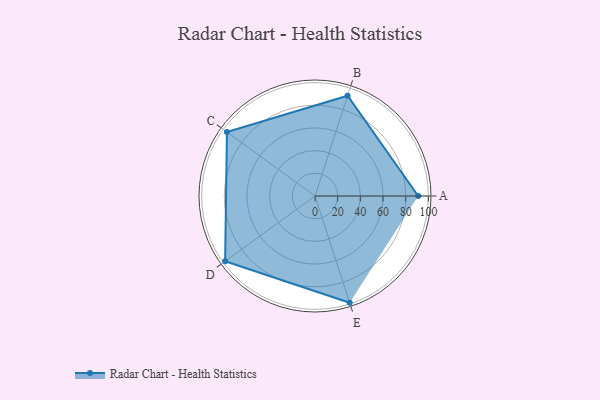
{"axis": {"x": "Skill", "y": "Score"}, "legend": ["Profile"], "data": [{"x": "A", "y": 91.0, "type": "Profile"}, {"x": "B", "y": 93.0, "type": "Profile"}, {"x": "C", "y": 96.0, "type": "Profile"}, {"x": "D", "y": 98.0, "type": "Profile"}, {"x": "E", "y": 99, "type": "Profile"}]}